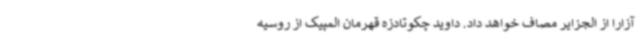
آزارا از الجزایر مصاف خواهد داد. داوید چکوتادزه قهرمان المپیک از روسیه